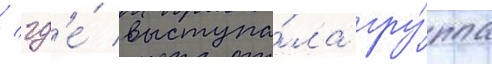
/ гд'е́ выступа́ла гру́ппа